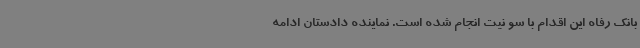
بانک رفاه این اقدام با سو نیت انجام شده است. نماینده دادستان ادامه